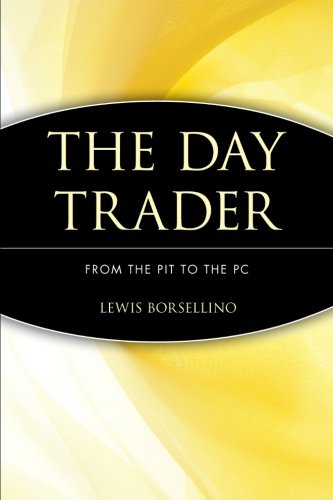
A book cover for The Day Trader: From the Pit to the PC; Lewis Borsellino; Business & Money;